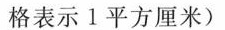
格表示1平方厘米)